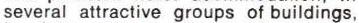
several attractive groups of buildings,